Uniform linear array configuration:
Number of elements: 64
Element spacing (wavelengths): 1
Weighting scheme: kaiser
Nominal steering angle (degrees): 45
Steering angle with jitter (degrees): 44.247
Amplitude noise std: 0.05
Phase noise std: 0.05

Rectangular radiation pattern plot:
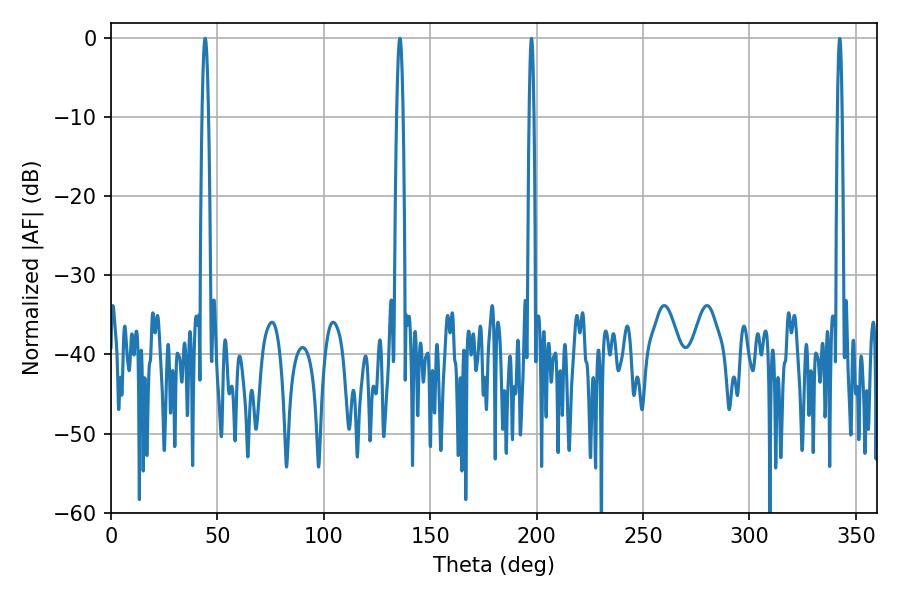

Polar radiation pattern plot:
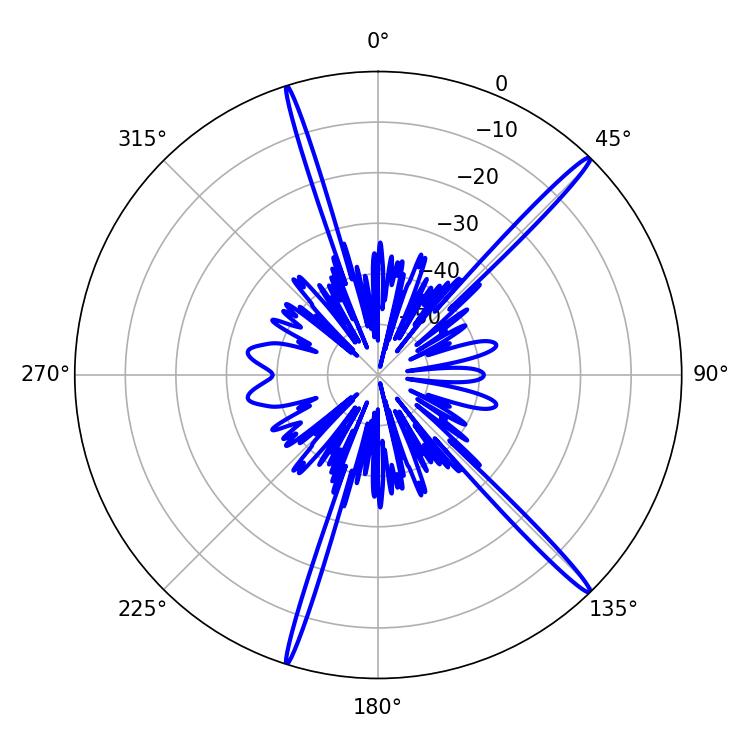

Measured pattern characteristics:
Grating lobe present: TRUE
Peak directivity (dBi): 18.189
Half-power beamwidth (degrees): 1.62
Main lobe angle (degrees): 44.28